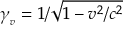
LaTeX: \gamma _ { _ { v } } = 1 / { \sqrt { 1 - v ^ { 2 } / c ^ { 2 } } }